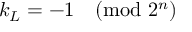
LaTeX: k _ { L } = - 1 { \pmod { 2 ^ { n } } }